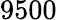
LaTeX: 9500